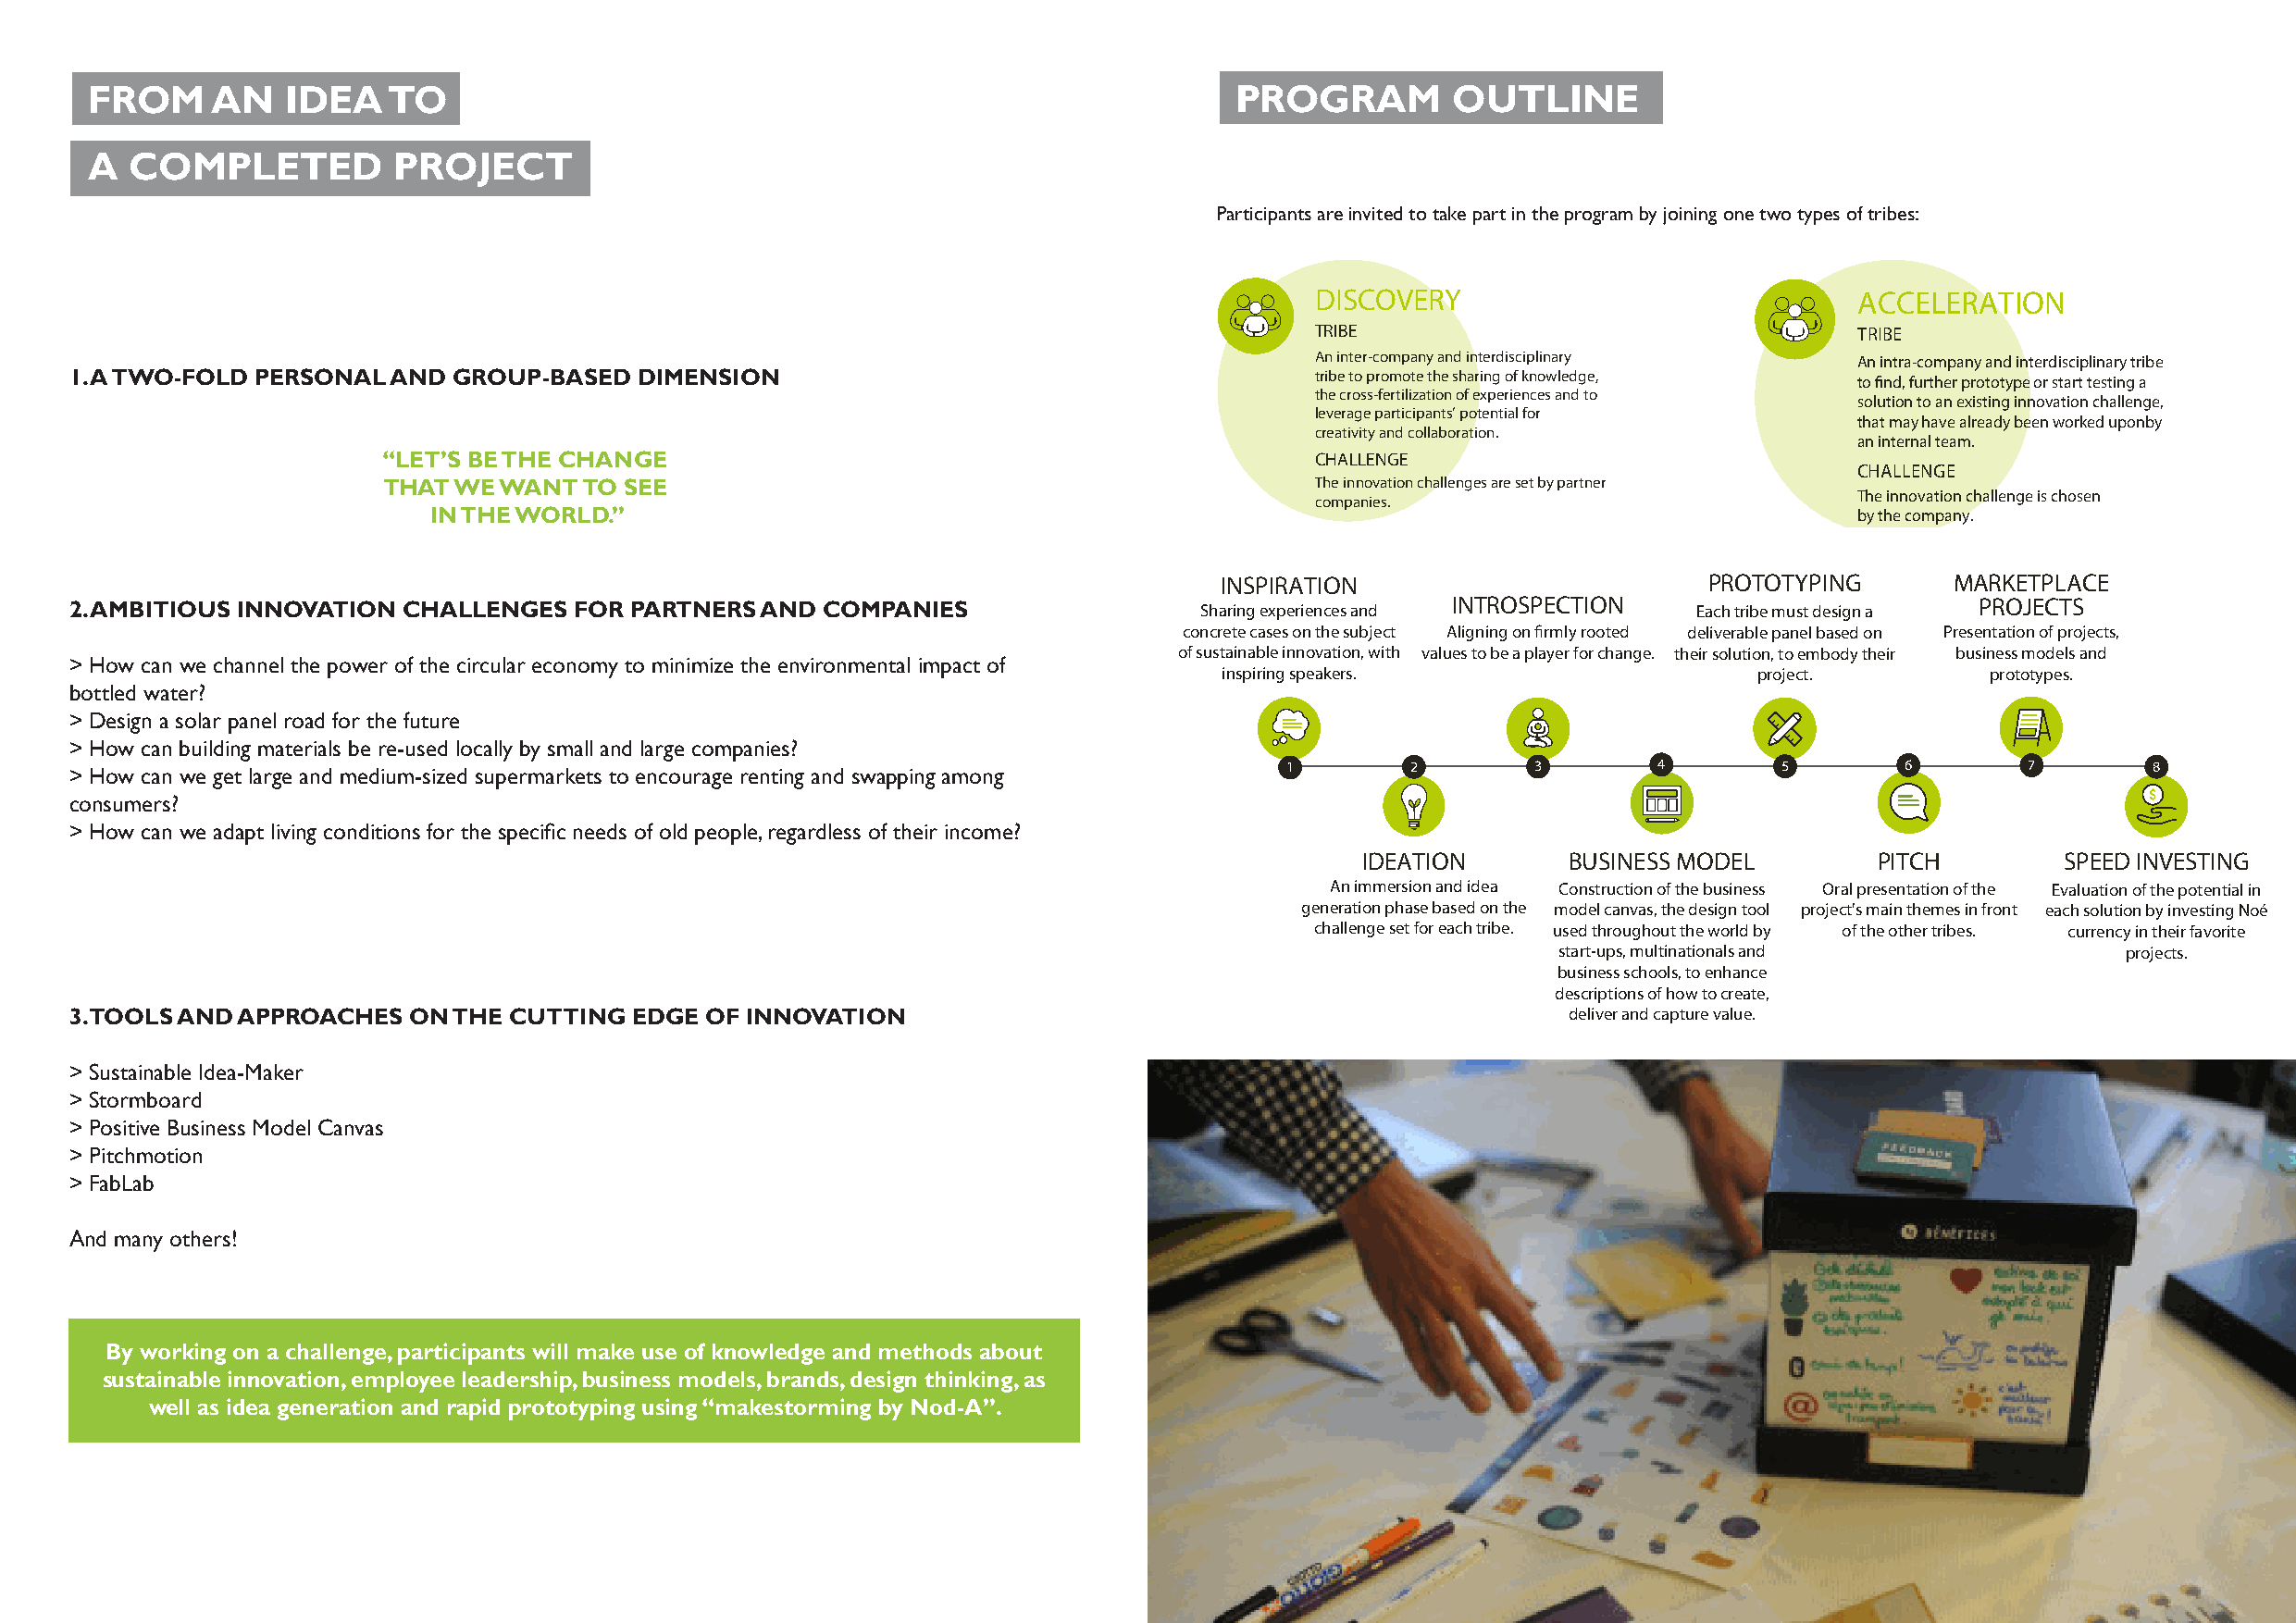
FROM     AN   IDEA    TO                                                          PROGRAM         OUTLINE
 A  COMPLETED          PROJECT
 Participants are invited to take part in the program by joining one two types of tribes:
 DISCOVERY                              ACCELERATION
 TRIBE                                  TRIBE
 An inter-company and interdisciplinary An intra-company and interdisciplinary tribe
 1. A TWO-FOLD PERSONAL AND GROUP-BASED   DIMENSION                                       tribe to promote the sharing of knowledge,
 to find, further prototype or start testing a
 the cross-fertilization of experiences and to
 solution to an existing innovation challenge,
 leverage participants’ potential for
 that may have already been worked uponby
 creativity and collaboration.
 an internal team.
 “LET’S BE THE CHANGE                                               CHALLENGE
 CHALLENGE
 THAT WE  WANT  TO SEE                                              The innovation challenges are set by partner
 The innovation challenge is chosen
 companies.
 IN THE WORLD.”                                                                                        by the company.
 INSPIRATION                        PROTOTYPING       MARKETPLACE
 2. AMBITIOUS INNOVATION CHALLENGES  FOR PARTNERS AND  COMPANIES                  Sharing experiences and INTROSPECTION Each tribe must design a PROJECTS
 concrete cases on the subject Aligning on firmly rooted deliverable panel based on Presentation of projects,
 of sustainable innovation, with values to be a player for change. their solution, to embody their business models and
 > How can we channel the power of the circular economy to minimize the environmental impact of
 inspiring speakers.                    project.        prototypes.
 bottled water?
 > Design a solar panel road for the future
 > How can building materials be re-used locally by small and large companies?
 1        2        3        4       5        6        7        8
 > How can we get large and medium-sized supermarkets to encourage renting and swapping among
 consumers?
 > How can we adapt living conditions for the specific needs of old people, regardless of their income?
 IDEATION       BUSINESS MODEL        PITCH         SPEED INVESTING
 An immersion and idea Construction of the business Oral presentation of the Evaluation of the potential in
 generation phase based on the model canvas, the design tool project's main themes in front each solution by investing Noé
 challenge set for each tribe. used throughout the world by of the other tribes. currency in their favorite
 start-ups, multinationals and            projects.
 business schools, to enhance
 descriptions of how to create,
 3. TOOLS AND APPROACHES ON THE CUTTING  EDGE OF INNOVATION                                                 deliver and capture value.
 > Sustainable Idea-Maker
 > Stormboard
 > Positive Business Model Canvas
 > Pitchmotion
 > FabLab
 And many others!
 By working on a challenge, participants will make use of knowledge and methods about
 sustainable innovation, employee leadership, business models, brands, design thinking, as
 well as idea generation and rapid prototyping using “makestorming by Nod-A”.